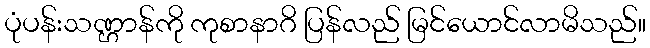
ပုံပန်းသဏ္ဌာန်ကို ကုစာနာဂိ ပြန်လည် မြင်ယောင်လာမိသည်။